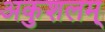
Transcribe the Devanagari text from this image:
अकुशलम्